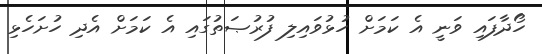
ހޯދާފައި ވަނީ އެ ކަމަށް ހުޅުވައިލި ފުރުޞަތުގައި އެ ކަމަށް އެދި ހުށަހެޅި